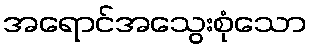
အရောင်အသွေးစုံသော